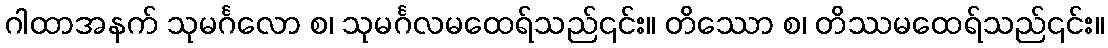
ဂါထာအနက် သုမင်္ဂလော စ၊ သုမင်္ဂလမထေရ်သည်၎င်း။ တိဿော စ၊ တိဿမထေရ်သည်၎င်း။